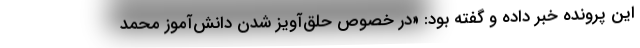
این پرونده خبر داده و گفته بود: «در خصوص حلق‌آویز شدن دانش‌آموز محمد